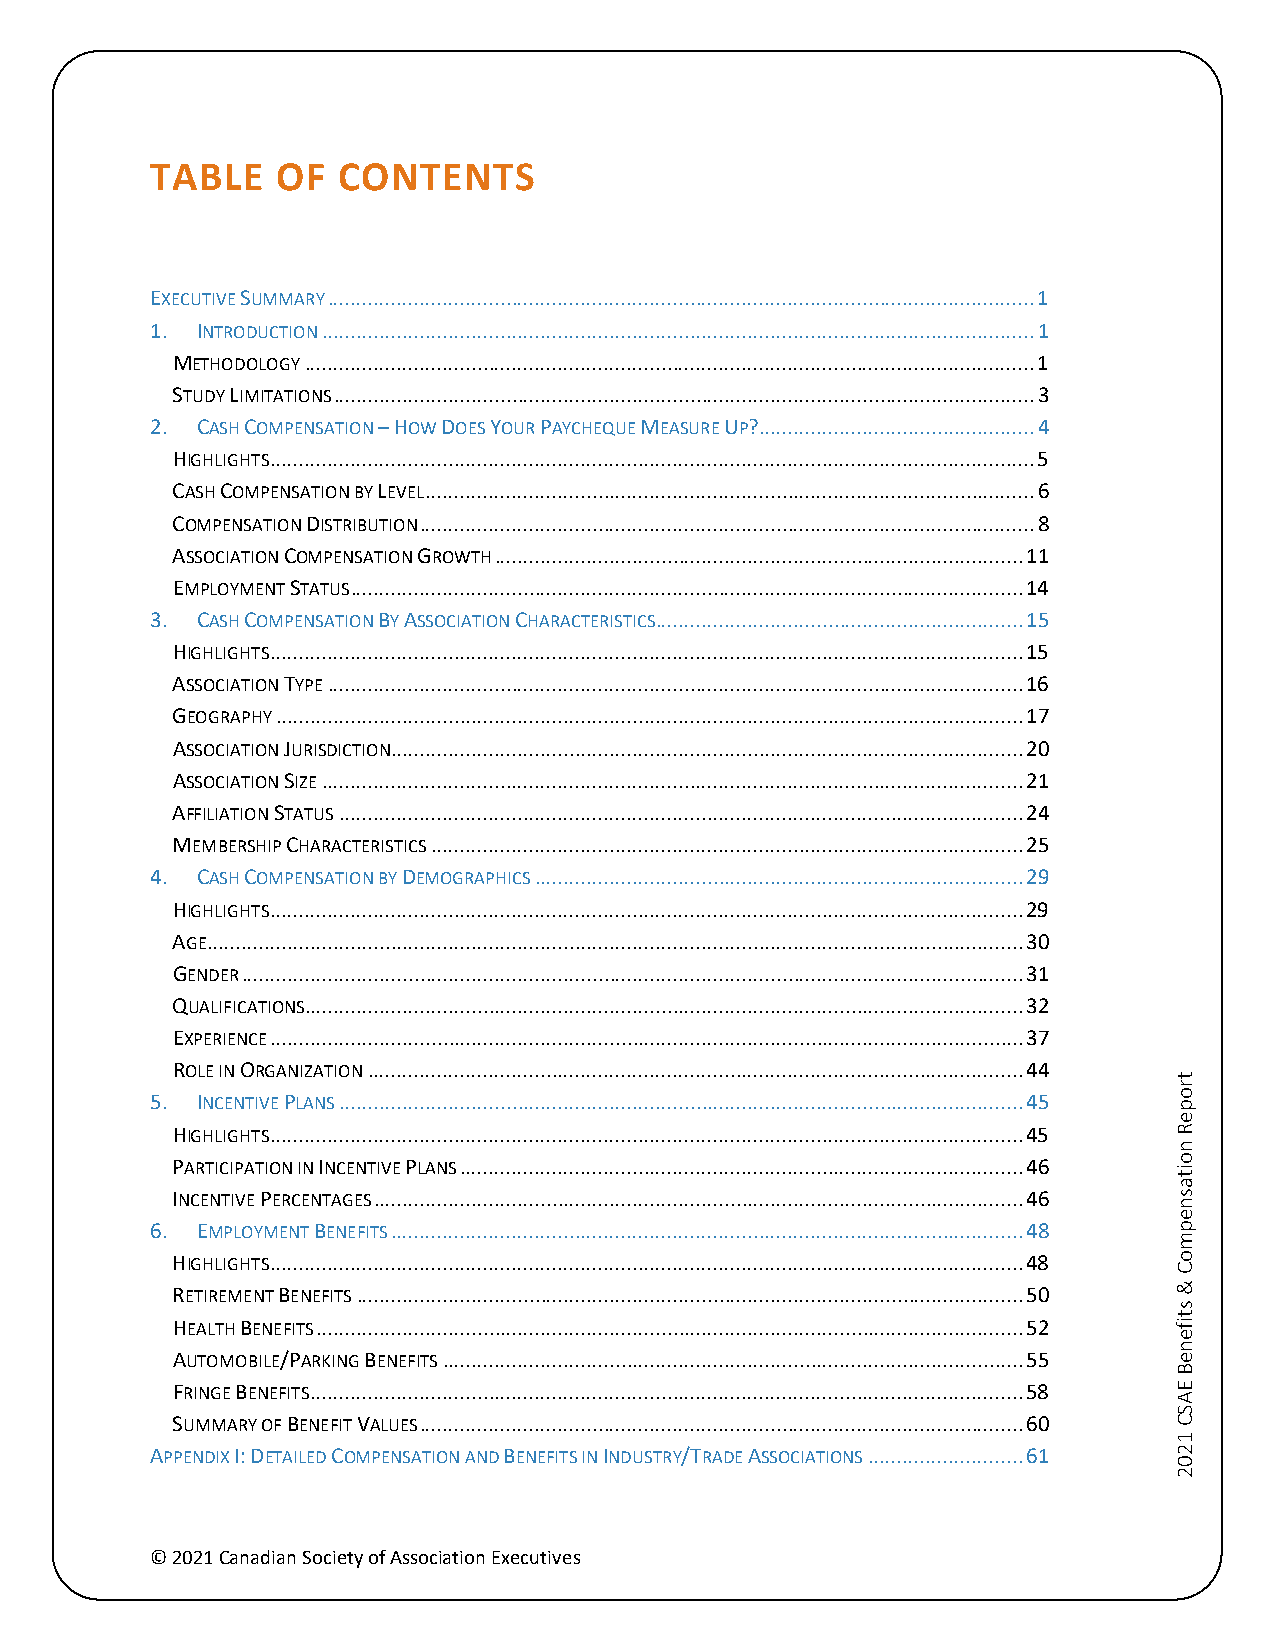
TABLE   OF  CONTENTS
 EXECUTIVE SUMMARY ........................................................................................................................... 1
 1. INTRODUCTION ............................................................................................................................ 1
 METHODOLOGY ............................................................................................................................... 1
 STUDY LIMITATIONS .......................................................................................................................... 3
 2. CASH COMPENSATION – HOW DOES YOUR PAYCHEQUE MEASURE UP?................................................ 4
 HIGHLIGHTS ..................................................................................................................................... 5
 CASH COMPENSATION BY LEVEL .......................................................................................................... 6
 COMPENSATION DISTRIBUTION ........................................................................................................... 8
 ASSOCIATION COMPENSATION GROWTH ............................................................................................ 11
 EMPLOYMENT STATUS ..................................................................................................................... 14
 3. CASH COMPENSATION BY ASSOCIATION CHARACTERISTICS ................................................................ 15
 HIGHLIGHTS ................................................................................................................................... 15
 ASSOCIATION TYPE ......................................................................................................................... 16
 GEOGRAPHY .................................................................................................................................. 17
 ASSOCIATION JURISDICTION.............................................................................................................. 20
 ASSOCIATION SIZE .......................................................................................................................... 21
 AFFILIATION STATUS ....................................................................................................................... 24
 MEMBERSHIP CHARACTERISTICS ....................................................................................................... 25
 4. CASH COMPENSATION BY DEMOGRAPHICS ..................................................................................... 29
 HIGHLIGHTS ................................................................................................................................... 29
 AGE .............................................................................................................................................. 30
 GENDER ........................................................................................................................................ 31
 QUALIFICATIONS ............................................................................................................................. 32
 EXPERIENCE ................................................................................................................................... 37
 ROLE IN ORGANIZATION .................................................................................................................. 44
 5. INCENTIVE PLANS ....................................................................................................................... 45
 HIGHLIGHTS ................................................................................................................................... 45
 PARTICIPATION IN INCENTIVE PLANS .................................................................................................. 46
 INCENTIVE PERCENTAGES ................................................................................................................. 46
 6. EMPLOYMENT BENEFITS .............................................................................................................. 48
 HIGHLIGHTS ................................................................................................................................... 48
 RETIREMENT BENEFITS .................................................................................................................... 50
 HEALTH BENEFITS ........................................................................................................................... 52
 AUTOMOBILE/PARKING BENEFITS ..................................................................................................... 55
 FRINGE BENEFITS ............................................................................................................................ 58
 SUMMARY OF BENEFIT VALUES ......................................................................................................... 60
 APPENDIX I: DETAILED COMPENSATION AND BENEFITS IN INDUSTRY/TRADE ASSOCIATIONS ........................... 61
 © 2021 Canadian Society of Association Executives
 tropeR
 noitasnepmoC
 &
 stifeneB
 EASC
 1202